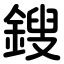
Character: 鎪